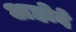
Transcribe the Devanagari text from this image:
अहोदे